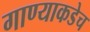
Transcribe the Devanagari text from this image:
गाण्याकडेच